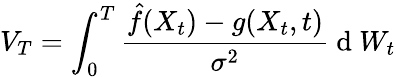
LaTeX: V_{T}=\int_{0}^{T}{\frac{\hat{f}(X_{t})-g(X_{t},t)}{{\sigma^{2}}}\mathrm{~d~}W_{t}}